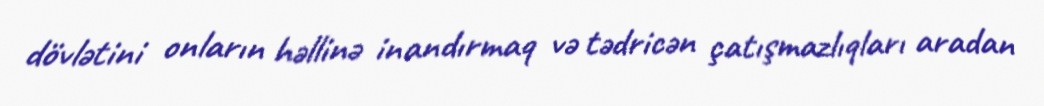
dövlətini onların həllinə inandırmaq və tədricən çatışmazlıqları aradan